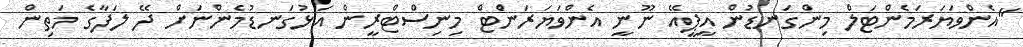
"އެންވަޔަރަމެންޓަލް މިންގަނޑުން އީޕީއޭ ނޫނީ އެންވަޔަރަނެްޓް މިނިސްޓްރީން އަޅުގަނޑުމެންނަށް ދޭ ލަފާގެ މަތިން